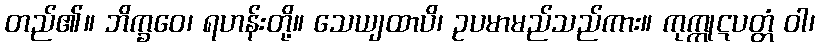
တည်၏။ ဘိက္ခဝေ၊ ရဟန်းတို့။ သေယျထာပိ၊ ဥပမာမည်သည်ကား။ ကုက္ကုဋပတ္တံ ဝါ၊